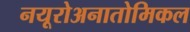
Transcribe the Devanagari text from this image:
नयूरोअनातोमिकल